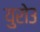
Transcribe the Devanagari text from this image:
युरो३